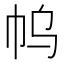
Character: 𰏓